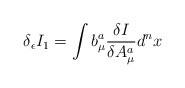
\begin{align*}\delta_\epsilon I_1 = \int b^{a}_{\mu}\frac{\delta I}{\delta A^{a}_{\mu}} d^n x\end{align*}